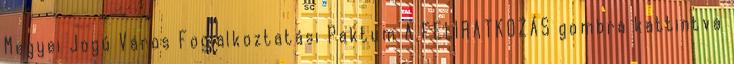
Megyei Jogú Város Foglalkoztatási Paktum A FELIRATKOZÁS gombra kattintva